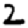
Digit: 2